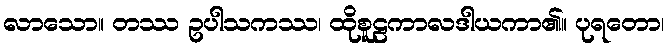
လာသော။ တဿ ဥပါသကဿ၊ ထိုစူဠကာလဒါယကာ၏။ ပုရတော၊